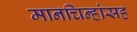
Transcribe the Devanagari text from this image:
मानचिन्हांसह